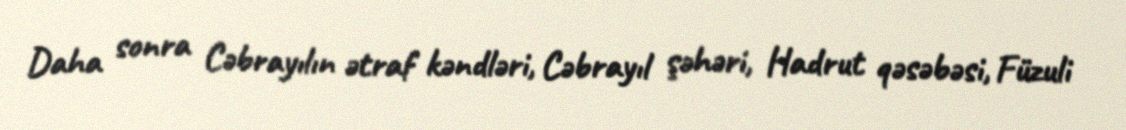
Daha sonra Cəbrayılın ətraf kəndləri, Cəbrayıl şəhəri, Hadrut qəsəbəsi, Füzuli